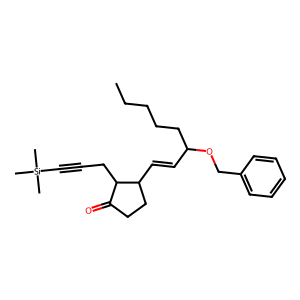
SMILES: CCCCCC(C=CC1CCC(=O)C1CC#C[Si](C)(C)C)OCc1ccccc1
Inhibits HIV replication: No